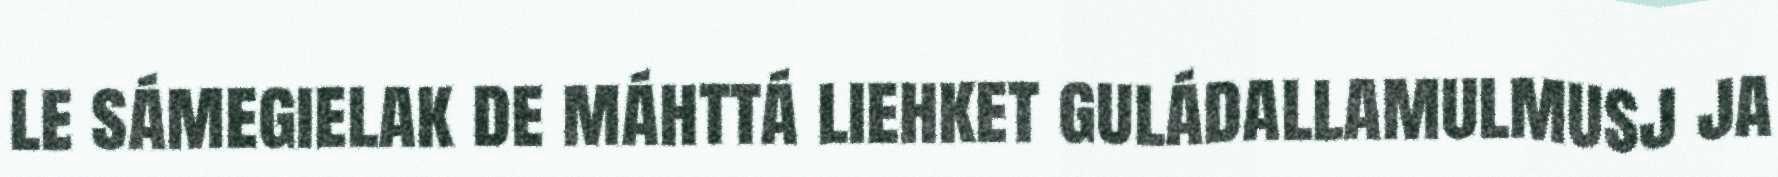
le sámegielak de máhttá liehket guládallamulmusj ja